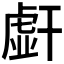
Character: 𰏭